Annual vaccination report of Bihar and Orissa - 1911-1928
Year: 1911
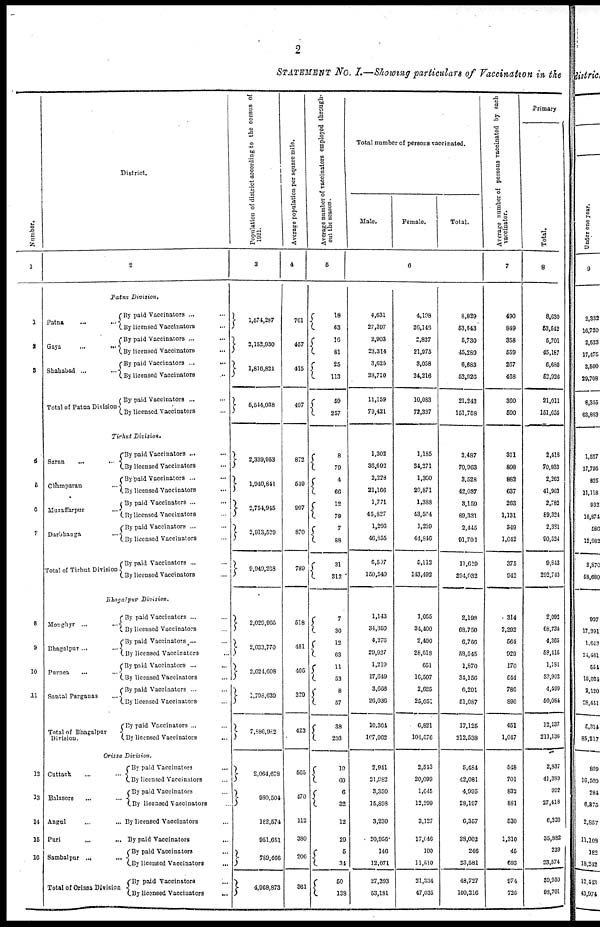
2
STATEMENT NO. I.—Showing particulars of Vaccination in the
Number.
1
1
2
3
4
5
6
7
8
9
10
11
12
13
14
15
16
District.
2
Patna Division.
Patna ... ...
Gaya
...
...
Shahabad ... ...
Total of Patna Division
By paid Vaccinators ... ...
By licensed Vaccinators ...
By paid Vaccinators ... ...
By licensed Vaccinators ...
By paid Vaccinators ...
...
By licensed Vaccinators ...
By paid Vaccinators ... ...
By licensed Vaccinators ...
Tirhut Division.
Saran ... ...
Champaran ...
Muzaffarpur ...
Darbhanga ...
Total of Tirhut Division
By paid Vaccinators ... ...
By licensed Vaccinators ...
By paid Vaccinators ... ...
By licensed Vaccinators ...
By paid Vaccinators ... ...
By licensed Vaccinators ...
By paid Vaccinators ... ...
By licensed Vaccinators ...
By paid Vaccinators ... ...
By licensed Vaccinators ...
Bhagalpur Division.
Monghyr ... ...
Bhagalpur ... ...
Purnea ... ...
Santal Parganas ...
Total of Bhagalpur
Division.
By paid Vaccinators ... ...
By licensed Vaccinators ...
By paid Vaccinators ... ...
By licensed Vaccinators ...
By paid Vaccinators ...
...
By licensed Vaccinators ...
By paid Vaccinators ... ...
By licensed Vaccinators ...
By paid Vaccinators ... ...
By licensed Vaccinators ...
Orissa Division.
Cuttack ...
Balasore ... ...
Angul ... ...
Puri ... ...
Sambalpur
...
...
Total of Orissa Division
By paid Vaccinators ...
By licensed Vaccinators ...
By paid Vaccinators ...
By licensed Vaccinators ...
By licensed Vaccinators ...
By paid Vaccinators ...
By paid Vaccinators ...
By licensed Vaccinators
...
By paid Vaccinators ...
By licensed Vaccinators
...
Population of district according to the census of
1921.
3
1,574,287
2,152,930
1,816,821
5,544,038
2,339,953
1,940,841
2,754,945
2,913,529
9,949,268
2,029,965
2,033,770
2,024,608
1,798,639
7,686,982
2,064,678
980,504
182,574
951,651
789,466
4,968,873
Average population per square mile.
4
761
457
415
497
872
549
907
870
780
518
481
405
329
423
565
470
112
380
206
361
Average number of vaccinators employed through-
out the season
5
18
63
16
81
25
113
59
257
8
79
4
66
12
79
7
88
31
312
7
30
12
63
11
53
8
57
38
203
10
60
6
32
12
29
5
34
50
138
Total number of persons vaccinated.
Male.
Female.
Total.
6
4,631
27,397
2,903
23,314
3,625
28,710
11,159
79,421
1,302
36,692
2,228
21,166
1,771
45,827
1,206
46,855
6,507
150,540
1,143
34,350
4,376
29,927
1,219
17,649
3,666
26,036
10,304
107,962
2,941
21,982
3,350
15,898
3,230
20,956
146
12,071
27,393
53,181
4,198
26,146
2,827
21,975
3,058
24,216
10,083
72,337
1,185
34,271
1,300
20,871
1,388
43,504
1,239
44,846
5,112
143,492
1,055
34,400
2,490
28,618
651
16,507
2,625
25,051
6,821
104,576
2,543
20,099
1,645
12,299
3,127
17,646
100
11,510
21,334
47,035
8,829
53,543
5,730
45,289
6,683
52,926
21,242
151,758
2,487
70,963
3,528
42,037
3,159
89,331
2,445
91,701
11,619
294,032
2,198
68,750
6,766
53,545
1,870
34,156
6,291
51,087
17,125
212,538
5,484
42,081
4,995
28,197
6,357
38,002
246
23,581
48,727
100,216
Average number of persons vaccinated by each
vaccinator.
7
490
849
358
559
267
468
360
590
311
898
882
637
263
1,131
349
1,042
375
942
314
2,292
564
929
170
644
786
896
451
1,047
548
701
832
881
530
1,310
45
693
974
726
Primary
Total.
8
8,630
53,542
5,701
45,167
6,680
52,926
21,011
151,655
2,418
70,933
2,262
41,962
2,782
89,324
2,381
90,524
9,843
292,743
2,092
68,734
4,365
58,416
1,181
33,902
4,499
50,084
13,137
211,136
2,837
41,389
992
27,418
6,320
35,882
239
23,574
30,950
98,701